Medical and sanitary report on the native army of Bombay for the year
Year: 1879
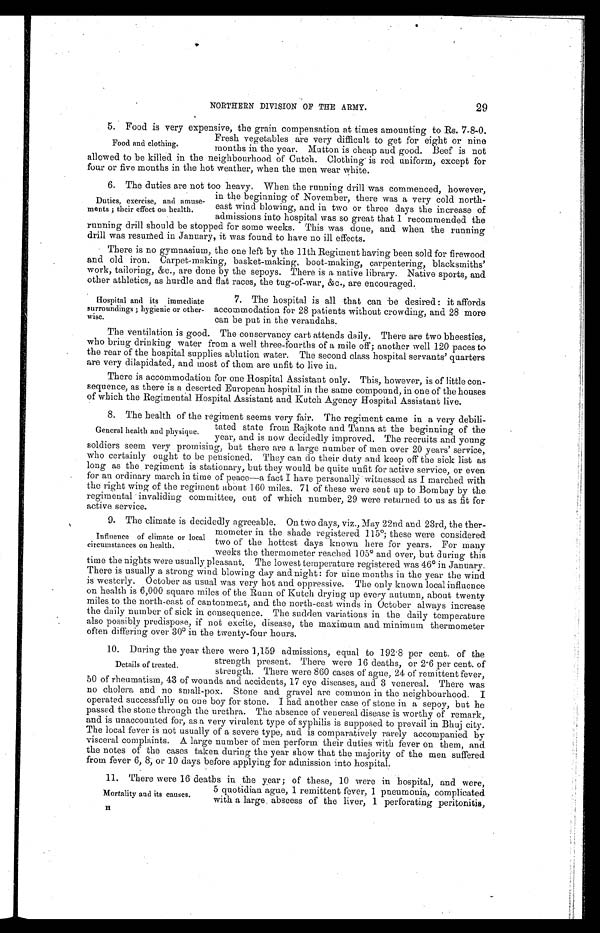
NORTHERN DIVISION OF THE ARMY.
29
5.
Food is very expensive, the grain compensation at times amounting to Rs. 7-8-0.
Fresh vegetables are very difficult to get for eight or nine
months in the year. Mutton is cheap and good. Beef is not
allowed to be killed in the neighbourhood of Cutch. Clothing is red uniform, except for
four or five months in the hot weather, when the men wear white.
6.
The duties are not too heavy. When the running drill was commenced, however,
in the beginning of November, there was a very cold north-
east wind blowing, and in two or three days the increase of
admissions into hospital was so great that I recommended the
running drill should be stopped for some weeks. This was done, and when the running
drill was resumed in January, it was found to have no ill effects.
There is no gymnasium, the one left by the 11th Regiment having been sold for firewood
and old iron. Carpet-making, basket-making, boot-making, carpentering, blacksmiths'
work, tailoring, &c., are done by the sepoys. There is a native library. Native sports, and.
other athletics, as hurdle and flat races, the tug-of-war, &c., are encouraged.
7.
The hospital is all that can be desired: it affords
accommodation for 28 patients without crowding, and 28 more
can be put in the verandahs.
The ventilation is good. The conservancy cart attends daily. There are two bheesties,
who bring drinking water from a well three-fourths of a mile off; another well 120 paces to
the rear of the hospital supplies ablution water. The second class hospital servants' quarters
are very dilapidated, and most of them are unfit to live in.
There is accommodation for one Hospital Assistant only. This, however, is of little con-
sequence, as there is a deserted European hospital in the same compound, in one of the houses
of which the Regimental Hospital Assistant and Kutch Agency Hospital Assistant live.
8.
The health of the regiment seems very fair. The regiment came in a very debili-
tated state from Rajkote and Tanna at the beginning of the
year, and is now decidedly improved. The recruits and young
soldiers seem very promising, but there are a large number of men over 20 years' service,
who certainly ought to be pensioned. They can do their duty and keep off the sick list as
long as the regiment is stationary, but they would be quite unfit for active service, or even
. for an ordinary march in time of peace—a fact I have personally witnessed as I marched with
the right wing of the regiment about 160 miles. 71 of these were sent up to Bombay by the
regimental invaliding committee, out of which number, 29 were returned to us as fit for
active service.
9. The climate is decidedly agreeable. On two days, viz., May 22nd and 23rd, the ther-
mometer in the shade registered 115°; these were considered
two of the hottest days known here for years. For many
weeks the thermometer reached 105° and over, but during this
time the nights were usually pleasant. The lowest temperature registered was 46° in January.
There is usually a strong wind blowing day and night: for nine months in the year the wind
is westerly. October as usual was very hot and oppressive. The only known local influence
on health is 6,000 square miles of the Runn of Kutch drying up every autumn, about twenty
miles to the north-east of cantonment, and the north-east winds in October always increase
the daily number of sick in consequence. The sudden variations in the daily temperature
also possibly predispose, if not excite, disease, the maximum and minimum thermometer
often differing over 30° in the twenty-four hours.
10.
During the year there were 1,159 admissions, equal to 192.8 per cent. of the
strength present. There were 16 deaths, or 2 . 6 per cent. of
strength. There were 860 cases of ague, 24 of remittent fever,
50 of rheumatism, 43 of wounds and accidents, 17 eye diseases, and 3 venereal. There was
no cholera and no small-pox. Stone and gravel are common in the neighbourhood. I
operated successfully on one boy for stone. I had another case of stone in a sepoy, but he
passed the stone through the urethra. The absence of venereal disease is worthy of remark,
and is unaccounted for, as a very virulent type of syphilis is supposed to prevail in Bhuj city.
The local fever is not usually of a severe type, and is comparatively rarely accompanied by
visceral complaints. A. large number of men perform their duties with fever on them, and
the notes of the cases taken during the year show that the majority of the men suffered
from fever 6, 8, or 10 days before applying for admission into hospital.
11.
There were 16 deaths in the year; of these, 10 were in hospital, and were,
5 quotidian ague, 1 remittent fever, 1 pneumonia, complicated
with a large abscess of the liver, 1 perforating peritonitis,
Food and clothing.
Duties, exercise, and amuse-
ments; their effect on health.
H o s p i t a l a n d i t s i m m e d i a t e
surroundings; hygienic or other-
wise.
General health and physique.
Influence of climate or local
circumstances on health.
Details of treated.
Mortality and its Causes.